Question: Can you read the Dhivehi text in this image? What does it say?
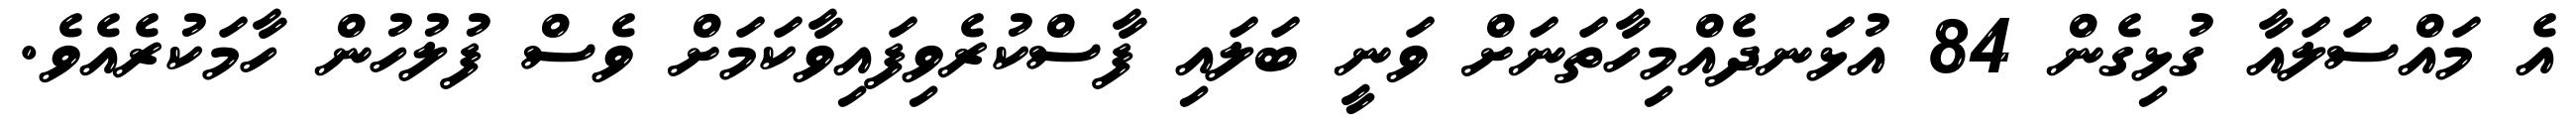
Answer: އެ މައްސަލައާ ގުޅިގެން 84 އުޅަނދެއްމިހާތަނަށް ވަނީ ބަލައި ފާސްކުރެވިފައިވާކަމަށް ވެސް ފުލުހުން ހާމަކުރެއެވެ.